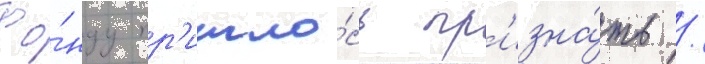
Фо́нду пр'ишло́сь пр'изна́ть /